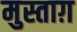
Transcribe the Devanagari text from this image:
मुस्ताग़